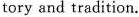
tory and tradition.